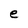
Character: e